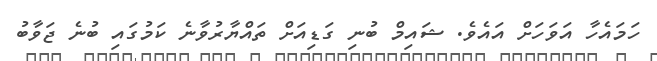
ހަމައެހާ އަވަހަށް އައެވެ. ޝައިމް ބުނި ގަޑިއަށް ތައްޔާރުވާނެ ކަމުގައި ބުނެ ޖަވާބު